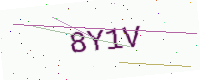
Text: 8Y1V